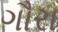
ગૌરા